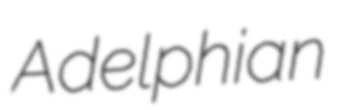
Adelphian